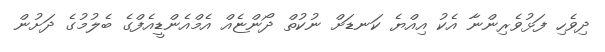
ދިވެހި ފަޅުވެރިންނާ އެކު އިއްޔެ ކަނޑަށް ނުކުތް ދޯންޏެއް އެމްއެންޑީއެފްގެ ބެލުމުގެ ދަށުން